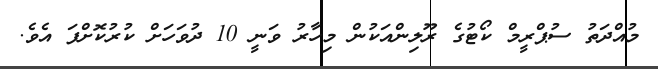
މުއްދަތު ސުޕްރީމް ކޯޓުގެ ރޫލިންއަކުން މިހާރު ވަނީ 10 ދުވަހަށް ކުރުކޮށްފަ އެވެ.